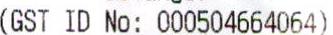
(GST ID NO: 000504664064)